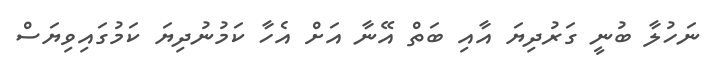
ނަހުލާ ބުނީ ގަރުދިޔަ އާއި ބަތް އޭނާ އަށް އެހާ ކަމުނުދިޔަ ކަމުގައިވިޔަސް